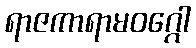
ရာဇကာရာမဝဂ္ဂေါ